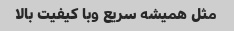
مثل همیشه سریع و‌با کیفیت بالا